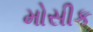
મોસીક